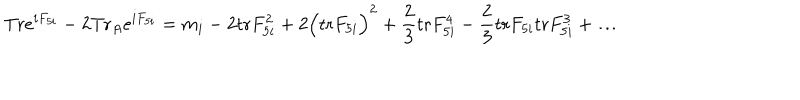
LaTeX: \mathrm { T r } e ^ { i F _ { 5 i } } - 2 \mathrm { T r } _ { A } e ^ { i F _ { 5 i } } = m _ { i } - 2 \mathrm { t r } F _ { 5 i } ^ { 2 } + 2 \Big ( \mathrm { t r } F _ { 5 i } \Big ) ^ { 2 } + { \frac { 2 } { 3 } } \mathrm { t r } F _ { 5 i } ^ { 4 } - { \frac { 2 } { 3 } } \mathrm { t r } F _ { 5 i } \mathrm { t r } F _ { 5 i } ^ { 3 } + \dots